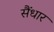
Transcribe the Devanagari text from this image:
सैंधार